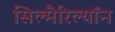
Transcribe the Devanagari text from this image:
सिल्मैरिल्यॉन